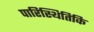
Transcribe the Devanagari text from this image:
पारिस्थितिकि